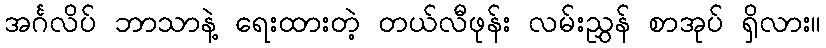
အင်္ဂလိပ် ဘာသာနဲ့ ရေးထားတဲ့ တယ်လီဖုန်း လမ်းညွှန် စာအုပ် ရှိလား။